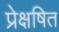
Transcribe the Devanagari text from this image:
प्रेक्षषित